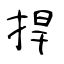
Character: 捍